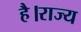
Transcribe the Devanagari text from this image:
है।राज्य